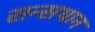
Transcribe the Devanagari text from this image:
सन्सथान